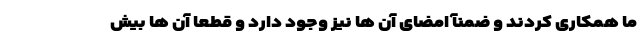
ما همکاری کردند و ضمنآً امضای آن ها نیز وجود دارد و قطعاً آن ها بیش